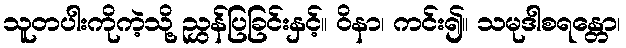
သူတပါးကိုကဲ့သို့ ညွှန်ပြခြင်းနှင့်။ ဝိနာ၊ ကင်း၍။ သမုဒါစရန္တော၊